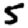
Digit: 5